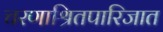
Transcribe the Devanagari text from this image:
चरणाश्रितपारिजात